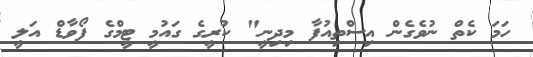
ހަމަ ކެތް ނުވެގެން އިސްތިއުފާ މިދިނީ" ކުރީގެ ގައުމީ ޓީމްގެ ފޯވާޑް އަލީ